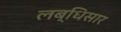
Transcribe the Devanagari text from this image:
लब्धिसार